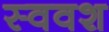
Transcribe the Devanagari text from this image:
स्ववश